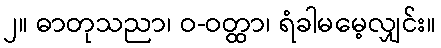
၂။ ဓာတုသညာ၊ ဝ-ဝတ္ထာ၊ ရံခါမမေ့လျှင်း။